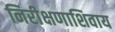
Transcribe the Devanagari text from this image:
निरीक्षणाशिवाय